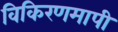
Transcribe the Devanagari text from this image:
विकिरणमापी